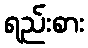
ရည်းစား